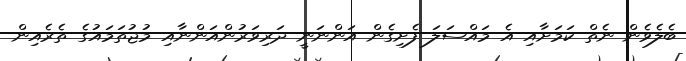
ބެލެވެން ނެތް ކަމަށާއި އެ މައްސަލަ ފެށިގެން އަންނަނީ ދަރިވަރުންއަންނާއި މުޖުތަމައުގެ ތެރެއިން